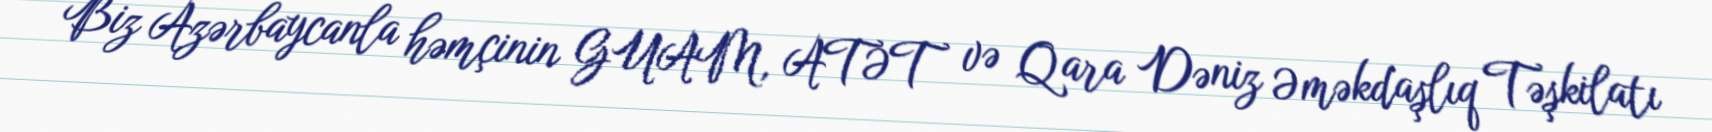
Biz Azərbaycanla həmçinin GUAM, ATƏT və Qara Dəniz Əməkdaşlıq Təşkilatı